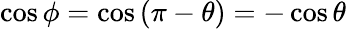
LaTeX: \cos{\phi}=\cos{(\pi-\theta)}=-\cos{\theta}